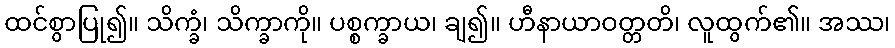
ထင်စွာပြု၍။ သိက္ခံ၊ သိက္ခာကို။ ပစ္စက္ခာယ၊ ချ၍။ ဟီနာယာဝတ္တတိ၊ လူထွက်၏။ အဿ၊